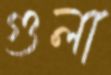
গুলা